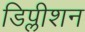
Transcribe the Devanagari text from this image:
डिप्लीशन